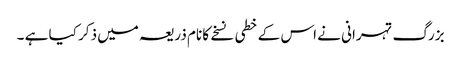
بزرگ تہرانی نے اس کے خطی نسخے کا نام ذریعہ میں ذکر کیا ہے ۔